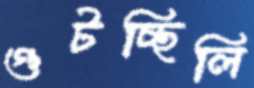
গুটচ্ছিলি